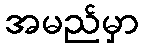
အမည်မှာ